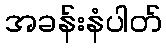
အခန်းနံပါတ်